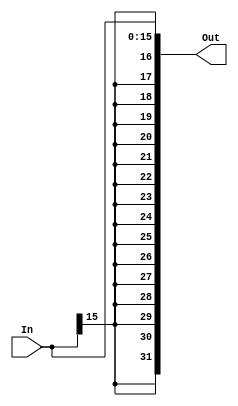
module Sign_Extend (In,Out);

input signed [15:0] In ;
output reg signed [31:0] Out;

always @(In)
begin
Out <= {{16{In[15]}},In};
end

endmodule